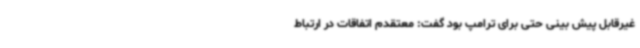
غیرقابل پیش بینی حتی برای ترامپ بود گفت: معتقدم اتفاقات در ارتباط